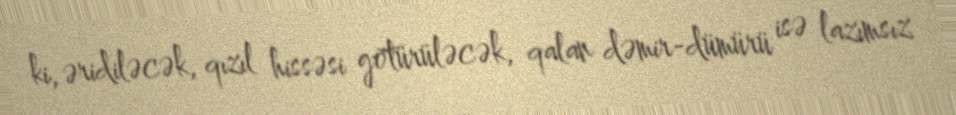
ki, əridiləcək, qızıl hissəsi götürüləcək, qalan dəmir-dümürü isə lazımsız